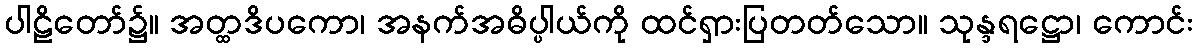
ပါဠိတော်၌။ အတ္ထဒိပကော၊ အနက်အဓိပ္ပါယ်ကို ထင်ရှားပြတတ်သော။ သုန္ဒရဋ္ဌော၊ ကောင်း